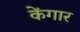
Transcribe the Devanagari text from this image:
केंगार